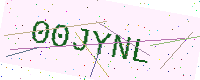
Text: 00JYNL